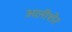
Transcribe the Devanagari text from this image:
अलीशेर